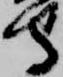
守